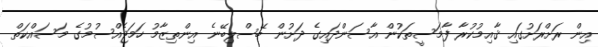
އިން ރަށްރަށުގައި ޤާއިމުކުރާ ފާމަސީތަކުން އާސަންދައިގެ ދަށުން ބޭސްލިބޭނެ އިންތިޒާމު ހަމަޖެއްސުމުގެ މަސައްކަތް